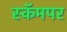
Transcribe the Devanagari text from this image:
स्कॅमपर